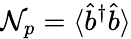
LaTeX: \mathcal{N}_{p}=\langle\hat{{b}}^{\dagger}\hat{{b}}\rangle